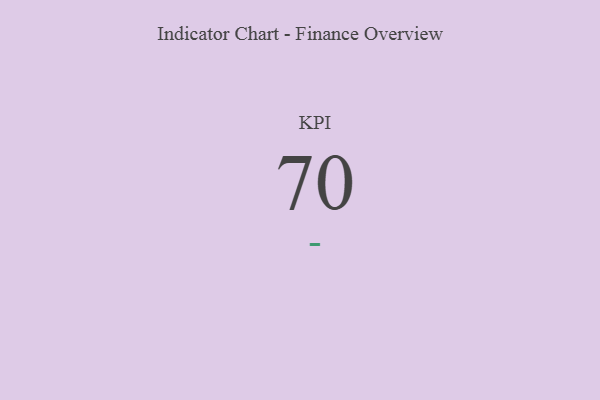
{"axis": {"x": "KPI", "y": "Value"}, "legend": [""], "data": [{"x": "KPI", "y": 70, "type": ""}]}